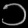
Digit: ၁